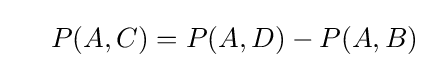
\ \ \ \ P(A,C)=P(A,D)-P(A,B)